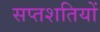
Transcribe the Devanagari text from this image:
सप्तशतियों